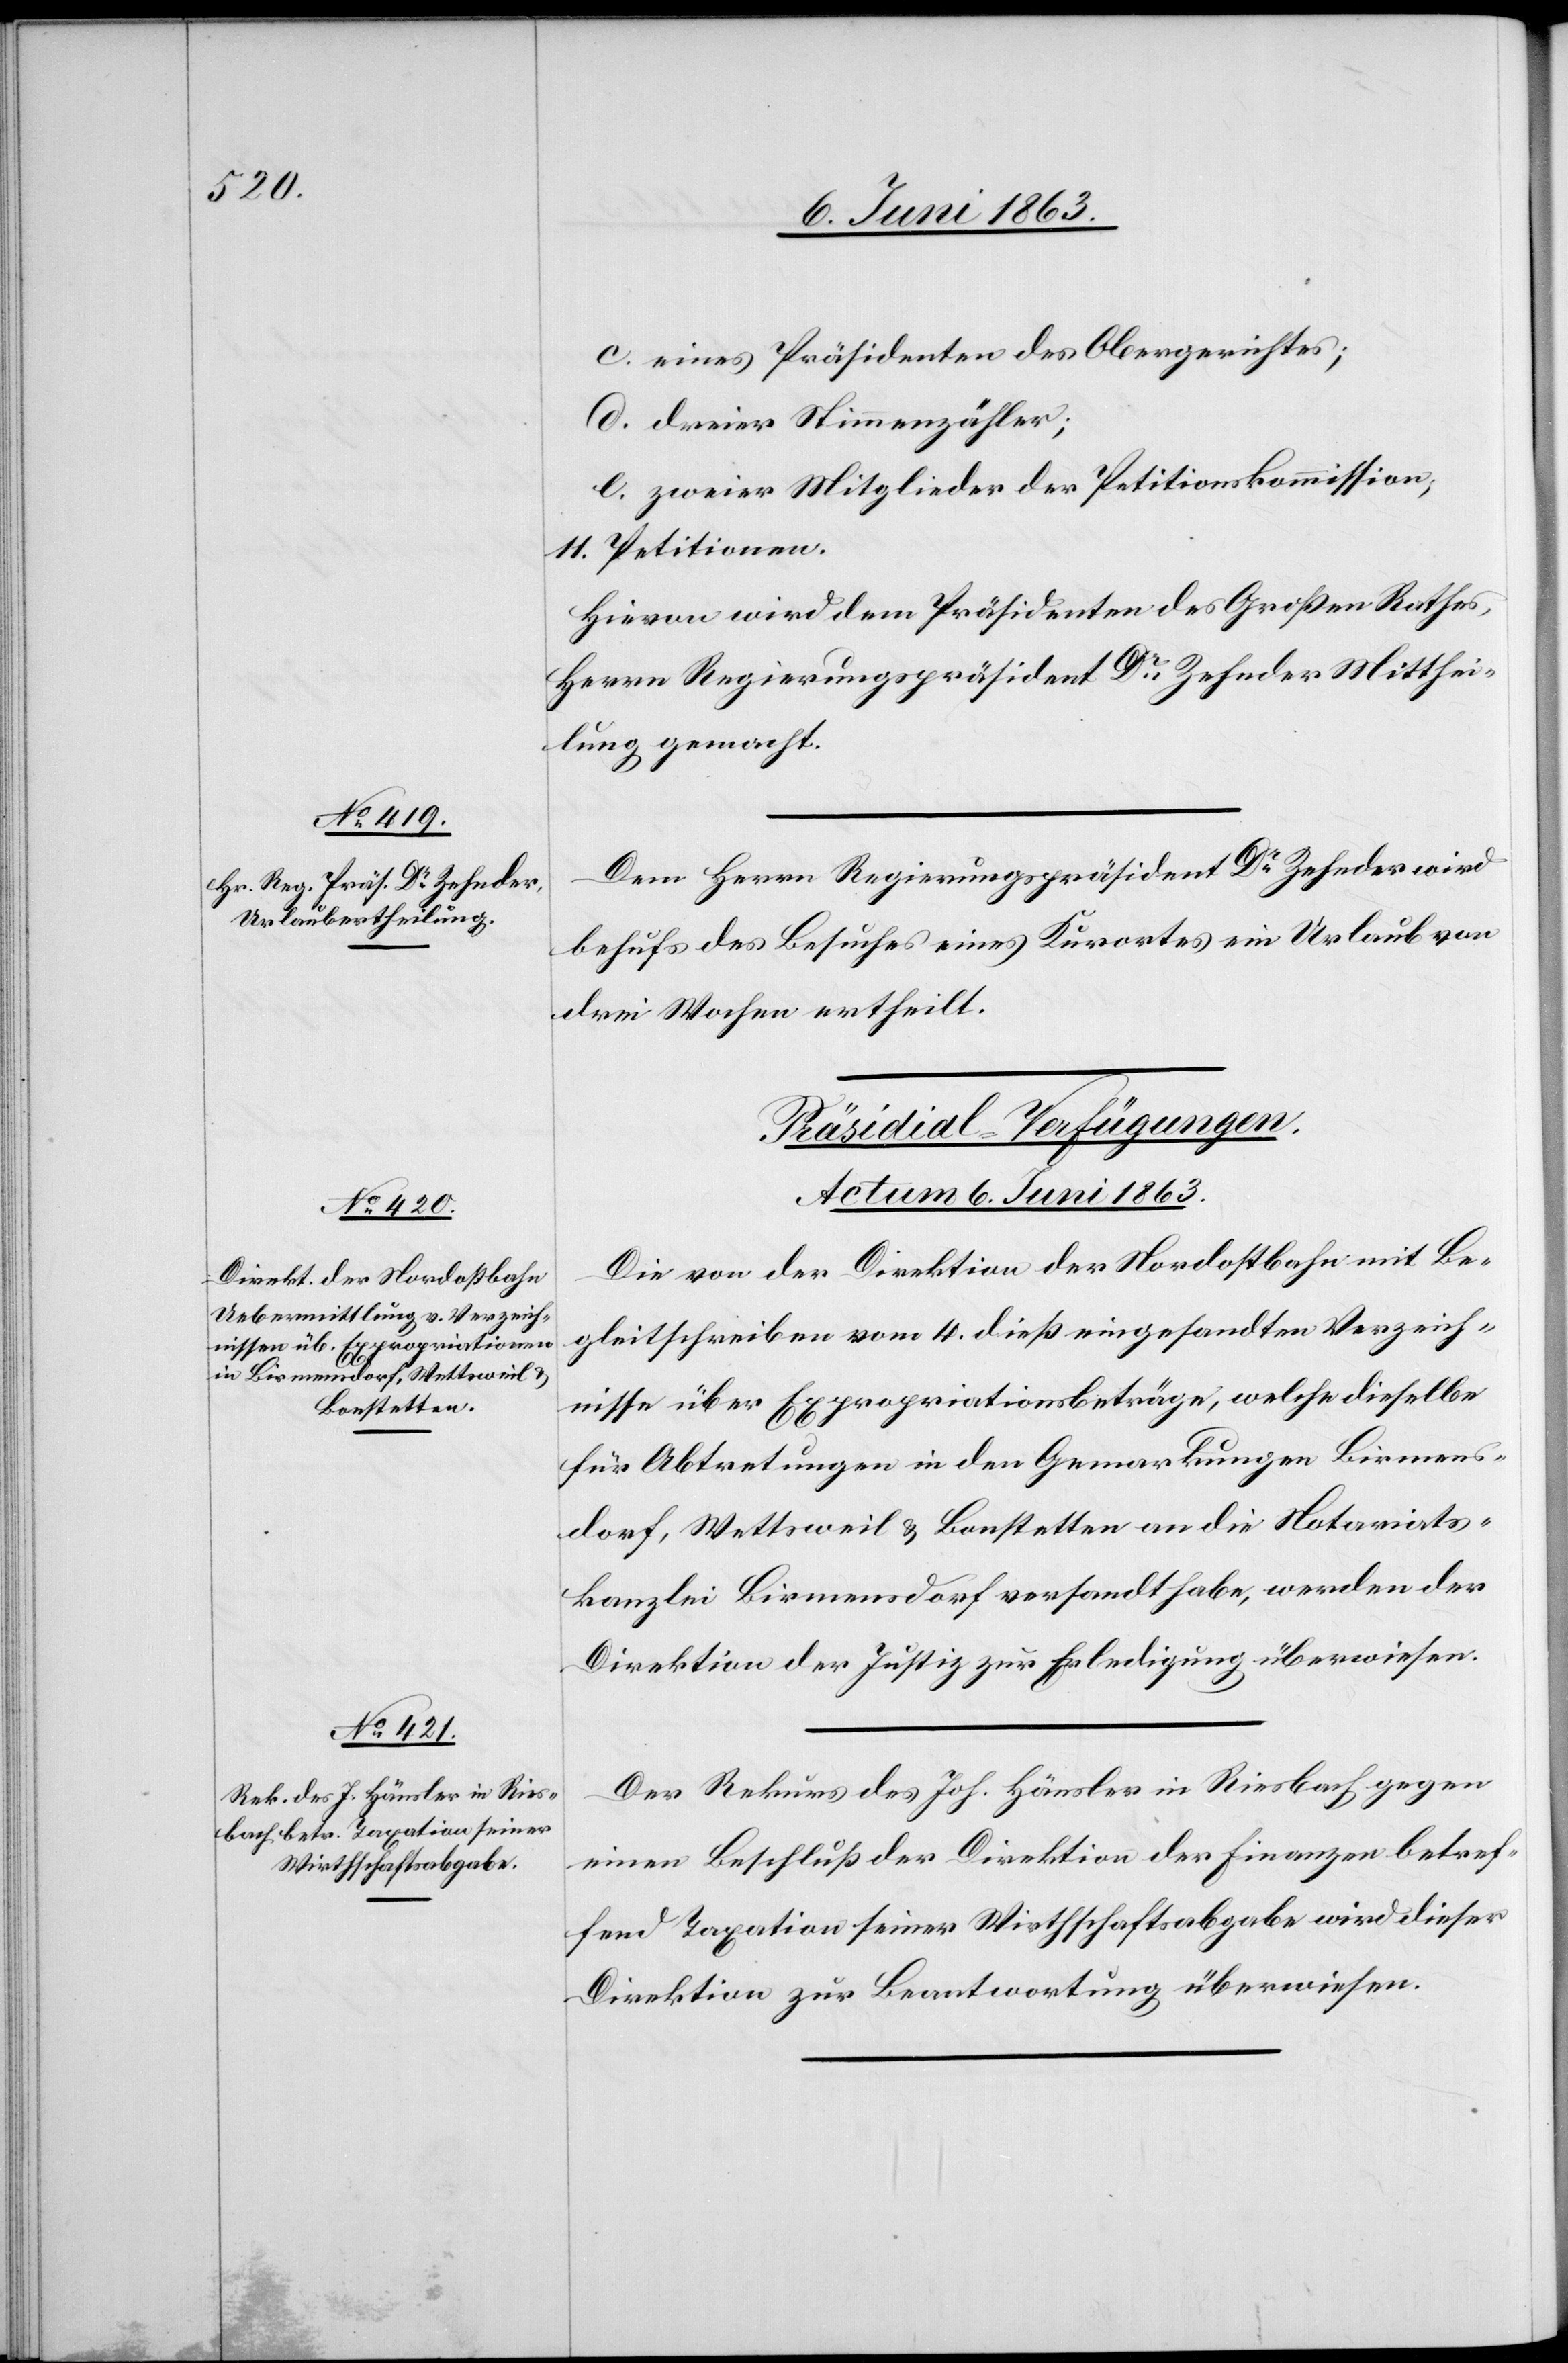
c. eines Präsidenten des Obergerichtes;
d. dreier Stimmenzähler;
e. zweier Mitglieder der Petitionskommission;
11. Petitionen.
Hievon wird dem Präsidenten des Großen Rathes,
Herrn Regierungspräsident Dr Zehnder Mitthei¬
lung gemacht.
Dem Herrn Regierungspräsident Dr Zehnder wird
behufs des Besuches eines Kurortes ein Urlaub von
drei Wochen ertheilt.
[Präsidial-Verfügungen.
Actum 6. Juni 1863.]
Die von der Direktion der Nordostbahn mit Be¬
gleitschreiben vom 4. dieß eingesandten Verzeich¬
nisse über Expropriationsbeträge, welche dieselbe
für Abtretungen in den Gemarkungen Birmens¬
dorf, Wettsweil & Bonstetten an die Notariats¬
kanzlei Birmensdorf versandt habe, werden der
Direktion der Justiz zur Erledigung überwiesen.
Der Rekurs des Joh. Hänsler in Riesbach gegen
einen Beschluß der Direktion der Finanzen betref¬
fend Taxation seiner Wirthschaftsabgabe wird dieser
Direktion zur Beantwortung überwiesen.